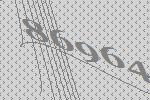
86964